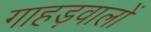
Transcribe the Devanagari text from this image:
गाहड़वालों